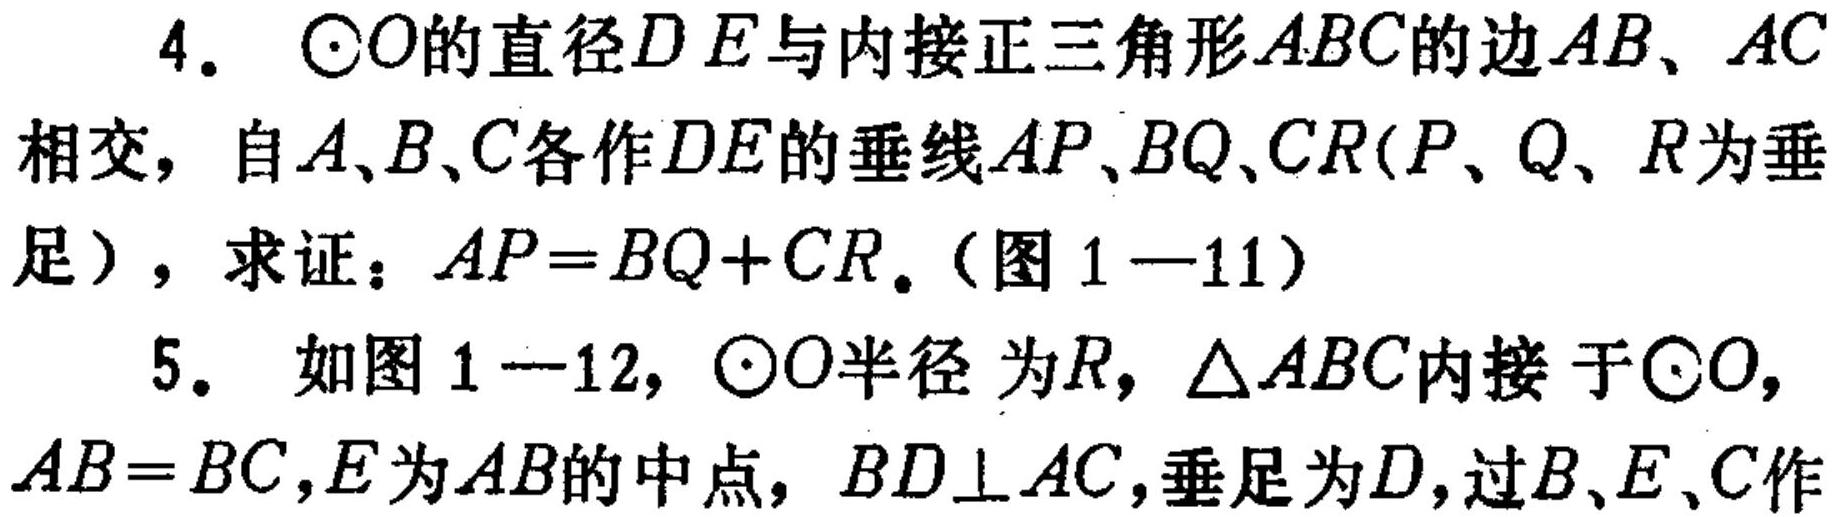
4. $\odot O$的直径$DE$与内接正三角形$ABC$的边$AB$、$AC$相交，自$A$、$B$、$C$各作$DE$的垂线$AP$、$BQ$、$CR$（$P$、$Q$、$R$为垂足），求证：$AP = BQ + CR$。（图1—11）
5. 如图1—12，$\odot O$半径为$R$，$\triangle ABC$内接于$\odot O$，$AB = BC$，$E$为$AB$的中点，$BD\perp AC$，垂足为$D$，过$B$、$E$、$C$作